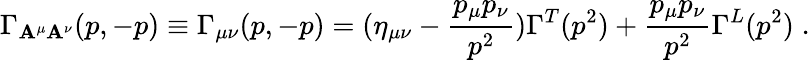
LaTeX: \Gamma_{\mathbf{A}^{\mu}\mathbf{A}^{\nu}}(p,-p)\equiv\Gamma_{\mu\nu}(p,-p)=(\eta_{\mu\nu}-\frac{{p_{\mu}p_{\nu}}}{{p^{2}}})\Gamma^{T}(p^{2})+\frac{{p_{\mu}p_{\nu}}}{{p^{2}}}\Gamma^{L}(p^{2})\; .